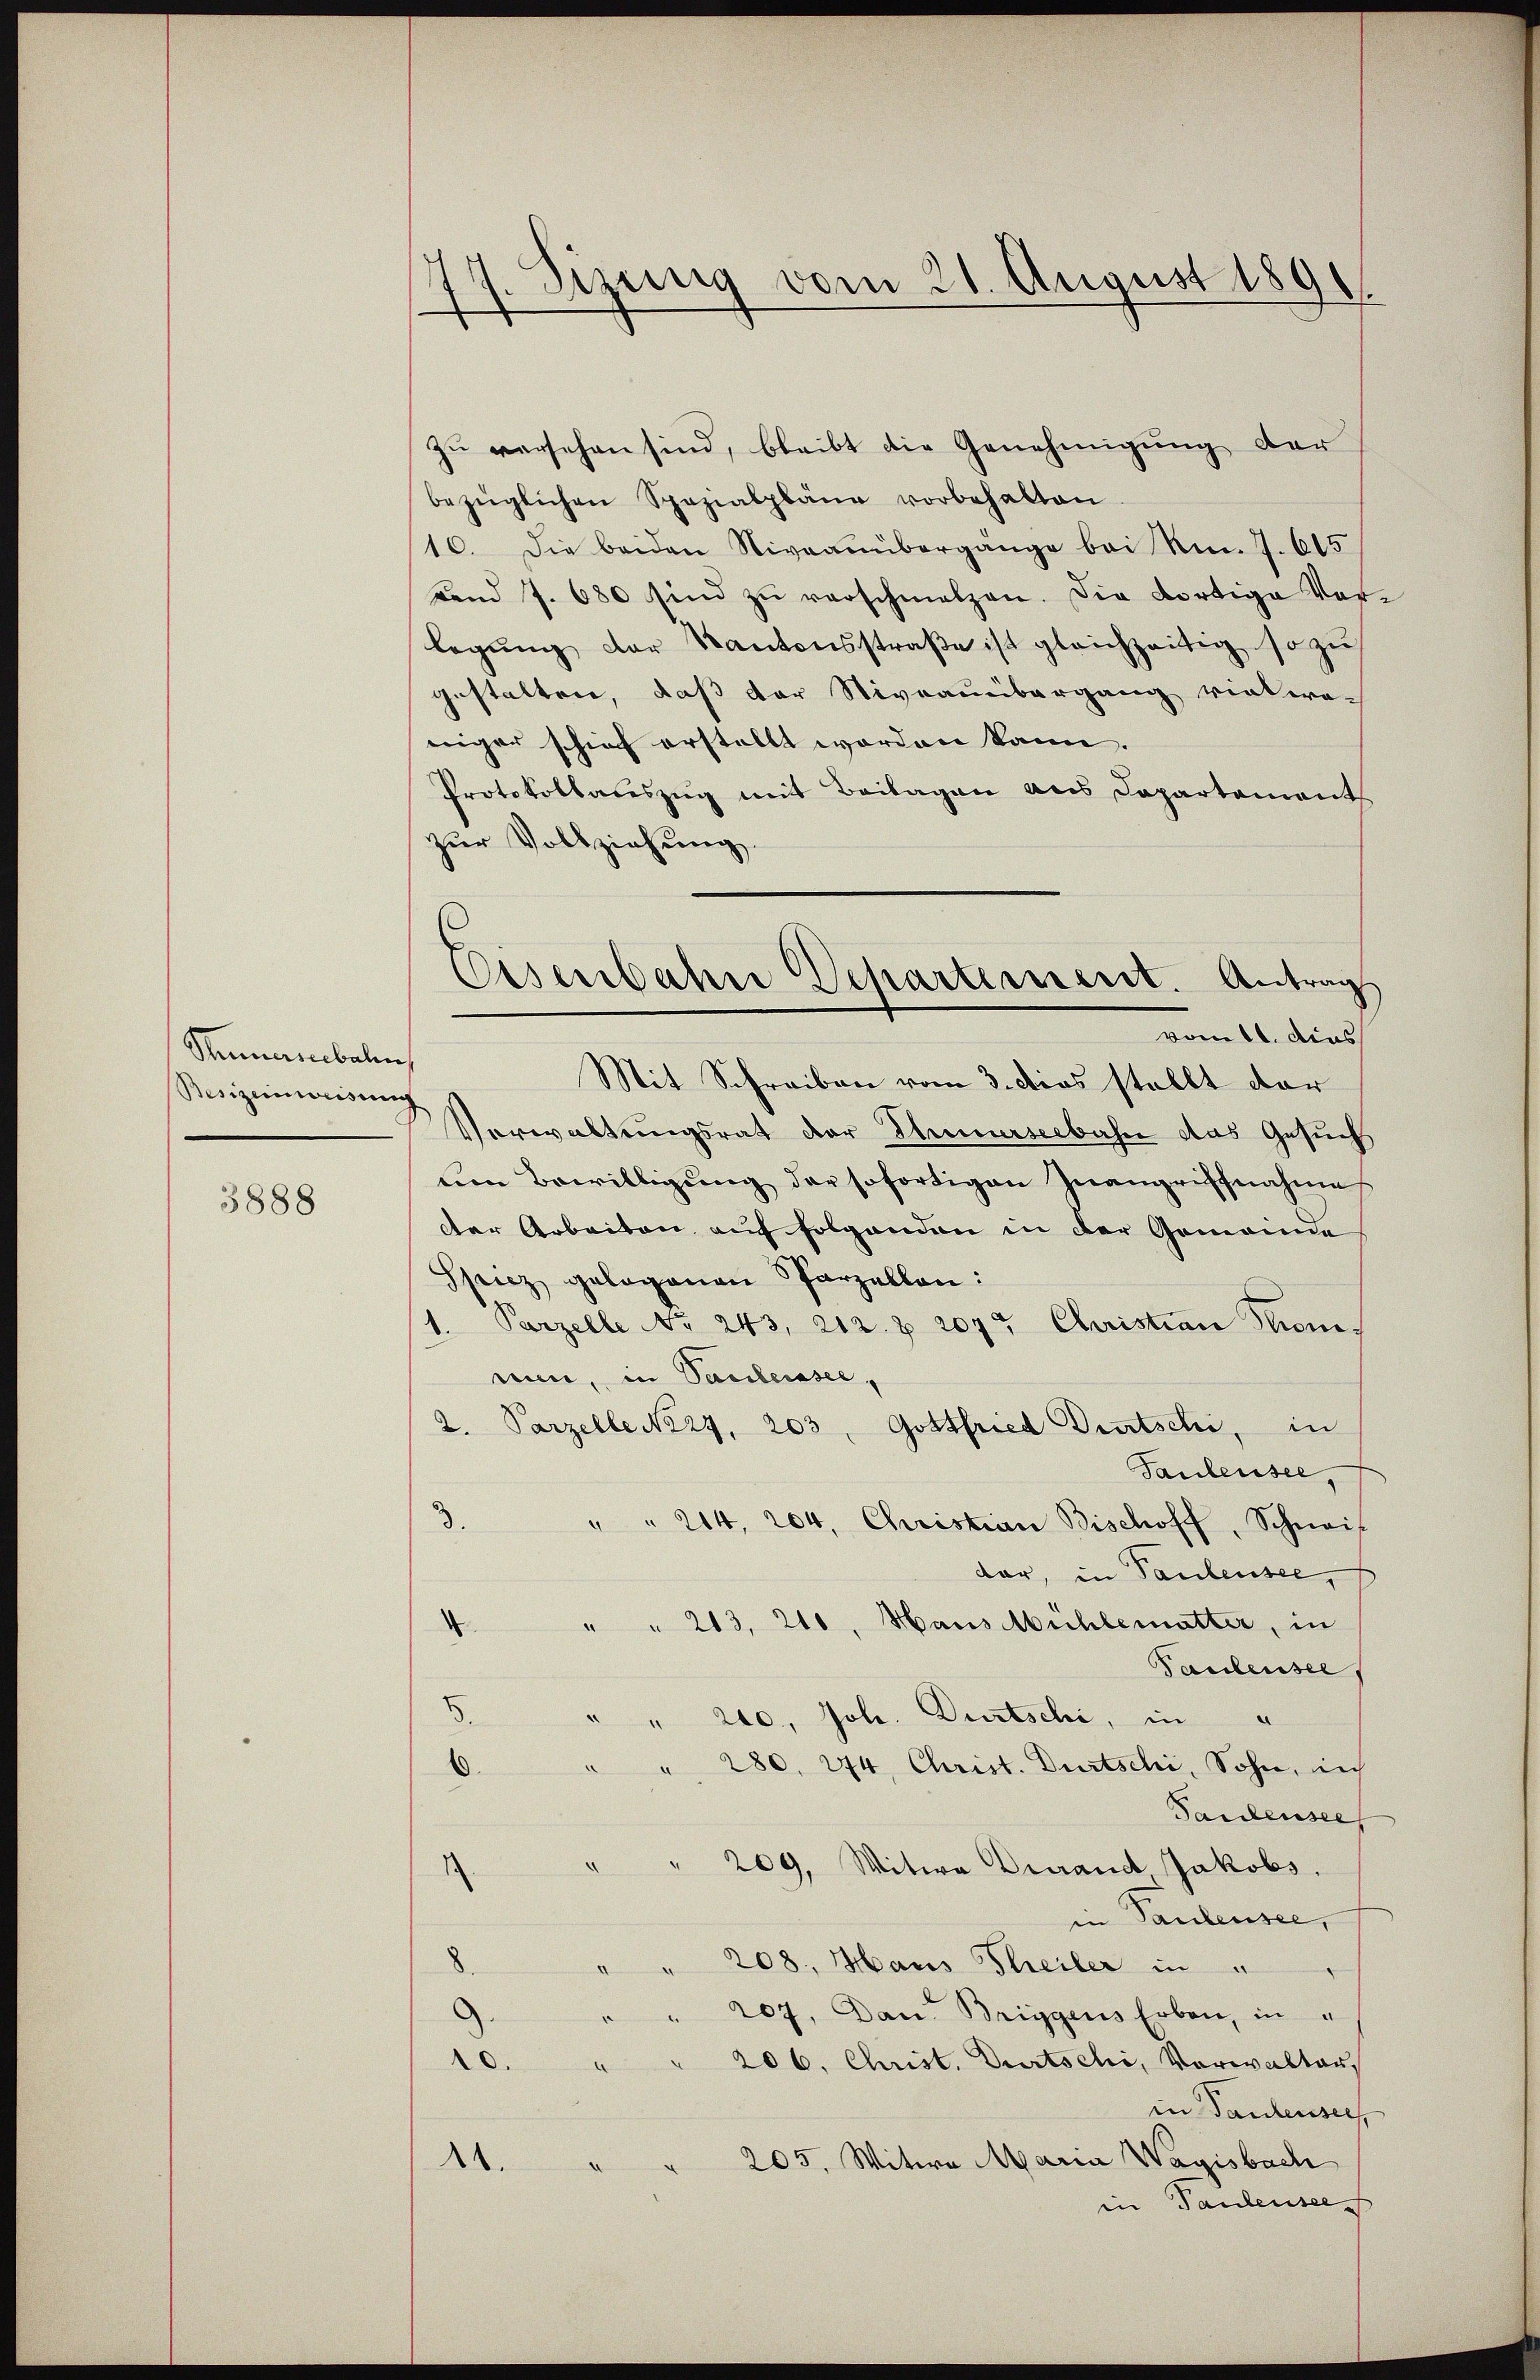
Pennambalen
Besizeinweisung

3888

Sirung vom 21. August 189
.

zu versehen sind, bleibt die Genehmigung der
bezüglichen Spezialpläne vorbehalten
16. Die beiden Niveauübergange bei Nm. J. 615
Land 7. 680 sind zŭ verschmalzen. Die Fortige Vor-
legŭng der Kantonsstraβe ist gleichzeitig so zu
gestalten, daß der Stivraubergang vielwe-
niger schief erstellt worden kann.
Protokollauszug mit Beilagen aus Departements
zur Vollziehung.
Mit Schreiben vom 3. dies stellt der
Verwaltungsrat der Thurseebahn das Gesuch
um Bewilligung der sofortigen Inangriffnahme
der Arbeiten auf folgenden in der Gemeinde
Speicz gelegenen Parzellen:
1. Parzelle No. 243, 212. Z. 2077 Christian Krone,
nun, in Paulersee,
2. Parzelle No 24. 203. Gottfried Deutschi, in
Taulensee,
3. " " 214, 204, Christian Bischoff, Schneif
dar, in Paulensee,
4 " " 213, 210, Haus Mühlemutter, in
Paulensee,
8
" " 240, Joh. Dürtschi, in "
6. " " 280. 274, Christ. Durtschi, Sohn, in
Pandensee,
1
" 209, Witwe Durand Jakobs.
in Pandensee,
" " 208. Haus Theiler in u
207. Dan Briggens Erben, in
de
10. " " 206. Christ. Durtschi, Verwalter,
in Tantensee,
" 205, Witwe Maria Wagisbach
A.
in Tantensee

Eisenbahre Departement. Antrag
vom 11. dies